Tartu_linnavalitsus, lk 31
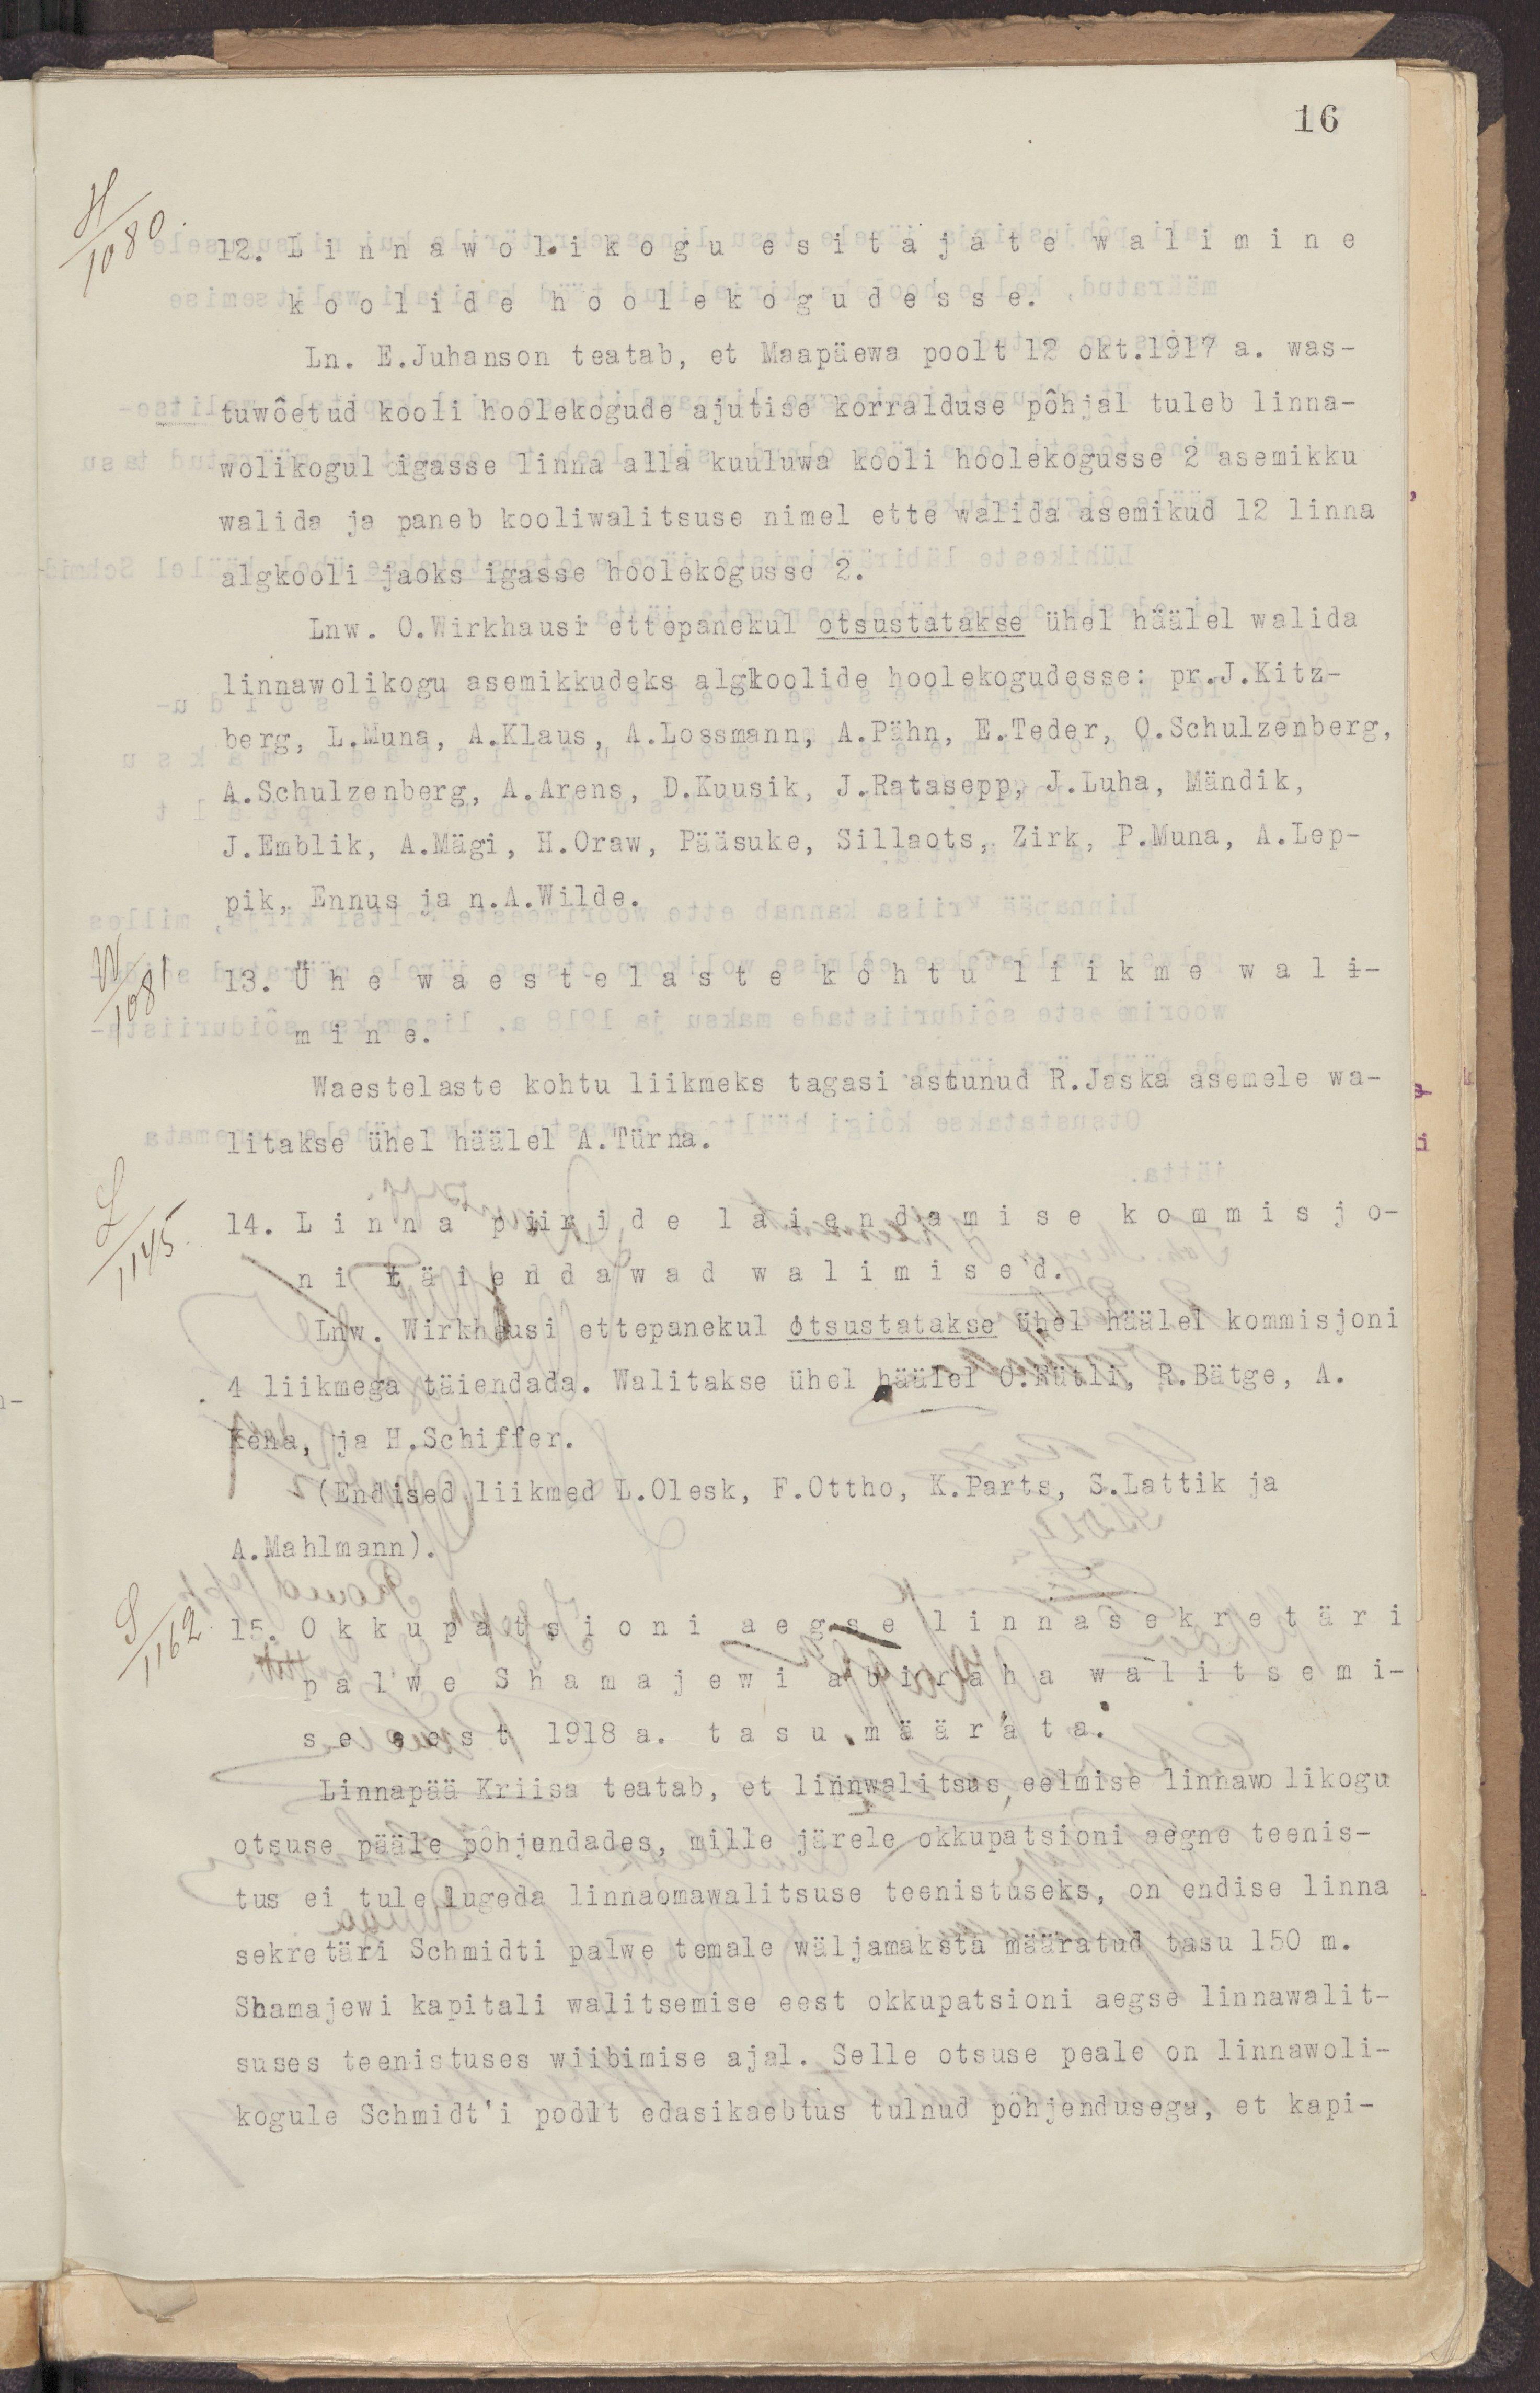
16
12. Linnawolikogu esitajate walimine
koolide hoolekogudesse.
Ln. E.Juhanson teatab, et Maapäewa poolt 12 okt.1917 a. was-
tuwõetud kooli hoolekogude ajutise korralduse põhjal tuleb linna-
wolikogul igasse linna alla kuuluwa kooli hoolekogusse 2 asemikku
walida ja paneb kooliwalitsuse nimel ette walida asemikud 12 linna
algkooli jaoks igasse hoolekogusse 2.
Lnw. O.Wirkhausi ettepanekul otsustatakse ühel häälel walida
linnawolikogu asemikkudeks algkoolide hoolekogudesse: pr.J.Kitz-
berg, L.Muna, A.Klaus, A.Lossmann, A.Pähn, E.Teder, O.Schulzenberg,
A.Schulzenberg, A.Arens, D.Kuusik, J.Ratasepp, J.Luha, Mändik,
J.Emblik, A.Mägi, H.Oraw, Pääsuke, Sillaots, Zirk, P.Muna, A.Lep-
pik, Ennus ja n.A.Wilde.
13. Ühe waestelaste kohtu liikme wali-
mine.
Waestelaste kohtu liikmeks tagasi astunud R.Jaska asemele wa-
litakse ühel häälel A.Türna.
14. Linna piiride laiendamise kommisjo-
ni täendawad walimised.
Lnw. Wirkhausi ettepanekul otsustatakse ühel häälel kommisjoni
4 liikmega täiendada. Walitakse ühel häälel O.Rütli, R.Bätge, A.
Kena, ja H.Schiffer.
(Endised liikmed L.Olesk, F.Ottho, K.Parts, S.Lattik ja
A.Mahlmann).
15. Okkupatsioni aegse linnasekretäri
palwe Shamajewi abiraha walitsemi-
se eest 1918 a. tasu määrata.
Linnapää Kriisa teatab, et linnawalitsus eelmise linnawolikogu
otsuse pääle põhjendades, mille järele okkupatsioni aegne teenis-
tus ei tule lugeda linnaomawalitsuse teenistuseks, on endise linna
sekretäri Schmidti palwe temale wäljamaksta määratud tasu 150 m.
Shamajevi kapitali walitsemise eest okkupatsioni aegse linnawalit-
suses teenistuses wiibimise ajal. Selle otsuse peale on linnawoli-
kogule Schmidti poolt edasikaebtus tulnud põhjendusega, et kapi-